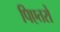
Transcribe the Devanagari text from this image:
पिएतरों